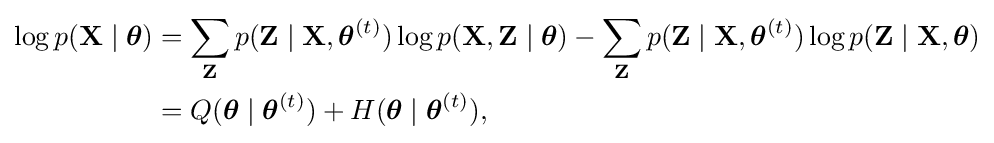
{\begin{aligned}\log p(\mathbf {X} \mid {\boldsymbol {\theta }})&=\sum _{\mathbf {Z} }p(\mathbf {Z} \mid \mathbf {X} ,{\boldsymbol {\theta }}^{(t)})\log p(\mathbf {X} ,\mathbf {Z} \mid {\boldsymbol {\theta }})-\sum _{\mathbf {Z} }p(\mathbf {Z} \mid \mathbf {X} ,{\boldsymbol {\theta }}^{(t)})\log p(\mathbf {Z} \mid \mathbf {X} ,{\boldsymbol {\theta }})\\&=Q({\boldsymbol {\theta }}\mid {\boldsymbol {\theta }}^{(t)})+H({\boldsymbol {\theta }}\mid {\boldsymbol {\theta }}^{(t)}),\end{aligned}}